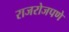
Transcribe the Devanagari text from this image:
राजरोजपणे